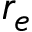
r _ { e }